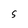
Character: S